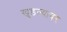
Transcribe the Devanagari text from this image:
खुडल्यावर